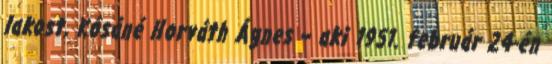
lakost, Kósáné Horváth Ágnes – aki 1951. február 24-én